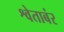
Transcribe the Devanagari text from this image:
श्वेताबंर